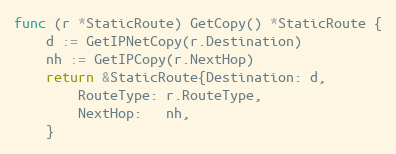
Language: Go
func (r *StaticRoute) GetCopy() *StaticRoute {
	d := GetIPNetCopy(r.Destination)
	nh := GetIPCopy(r.NextHop)
	return &StaticRoute{Destination: d,
		RouteType: r.RouteType,
		NextHop:   nh,
	}